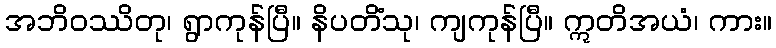
အဘိဝဿိတု၊ ရွာကုန်ပြီ။ နိပတိံသု၊ ကျကုန်ပြီ။ ဣတိအယံ၊ ကား။